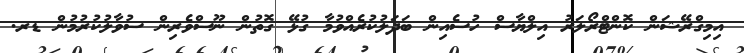
އިމިގްރޭޝަން ކޮންޓްރޯލަރު އިލްޔާސް ހުސެއިން ބަދަލުކުރެއްވުމާ ގުޅޭ ގޮތުން ނޫސްވެރިން ސުވާލުކުރުމުން ޑރ.